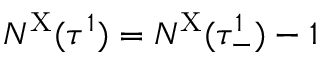
N ^ { \mathrm { X } } ( \tau ^ { 1 } ) = N ^ { \mathrm { X } } ( \tau _ { - } ^ { 1 } ) - 1